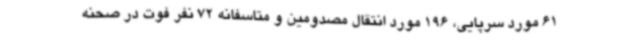
61 مورد سرپایی، 196 مورد انتقال مصدومین و متاسفانه 72 نفر فوت در صحنه